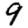
Digit: 9